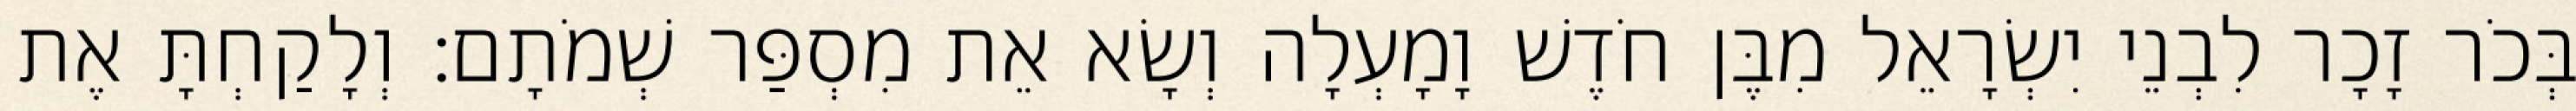
בְּכֹר זָכָר לִבְנֵי יִשְׂרָאֵל מִבֶּן חֹדֶשׁ וָמָעְלָה וְשָׂא אֵת מִסְפַּר שְׁמֹתָם׃ וְלָקַחְתָּ אֶת